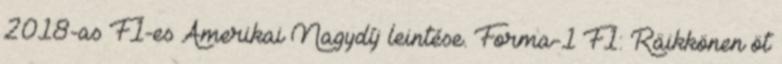
2018-as F1-es Amerikai Nagydíj leintése. Forma-1 F1: Räikkönen öt